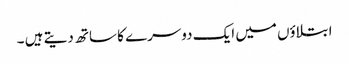
ابتلاؤں میں ایک دوسرے کا ساتھ دیتے ہیں ۔